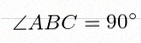
\angle ABC=90^\circ